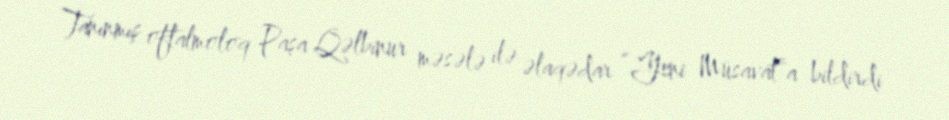
Tanınmış oftalmoloq Paşa Qəlbinur məsələ ilə əlaqədar “Yeni Müsavat”a bildirdi